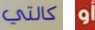
كالتي أو